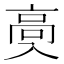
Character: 𱅶